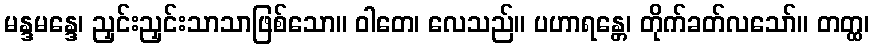
မန္ဒမန္ဒေ၊ ညှင်းညှင်းသာသာဖြစ်သော။ ဝါတေ၊ လေသည်။ ပဟာရန္တေ၊ တိုက်ခတ်လသော်။ တတ္ထ၊